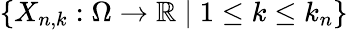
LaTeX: \{ X_{n,k}:\Omega\to\mathbb{R}\mid 1\leq k\leq k_{n}\}